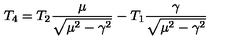
T _ { 4 } = T _ { 2 } \frac { \mu } { \sqrt { \mu ^ { 2 } - \gamma ^ { 2 } } } - T _ { 1 } \frac { \gamma } { \sqrt { \mu ^ { 2 } - \gamma ^ { 2 } } }